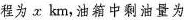
程为x km，油箱中剩油量为